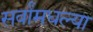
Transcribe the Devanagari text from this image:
सर्वांमधल्या